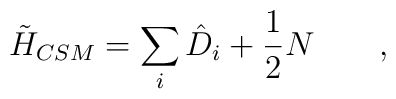
\tilde{H}_{CSM} = \sum_i \hat{D}_i + \frac{1}{2} N \qquad,